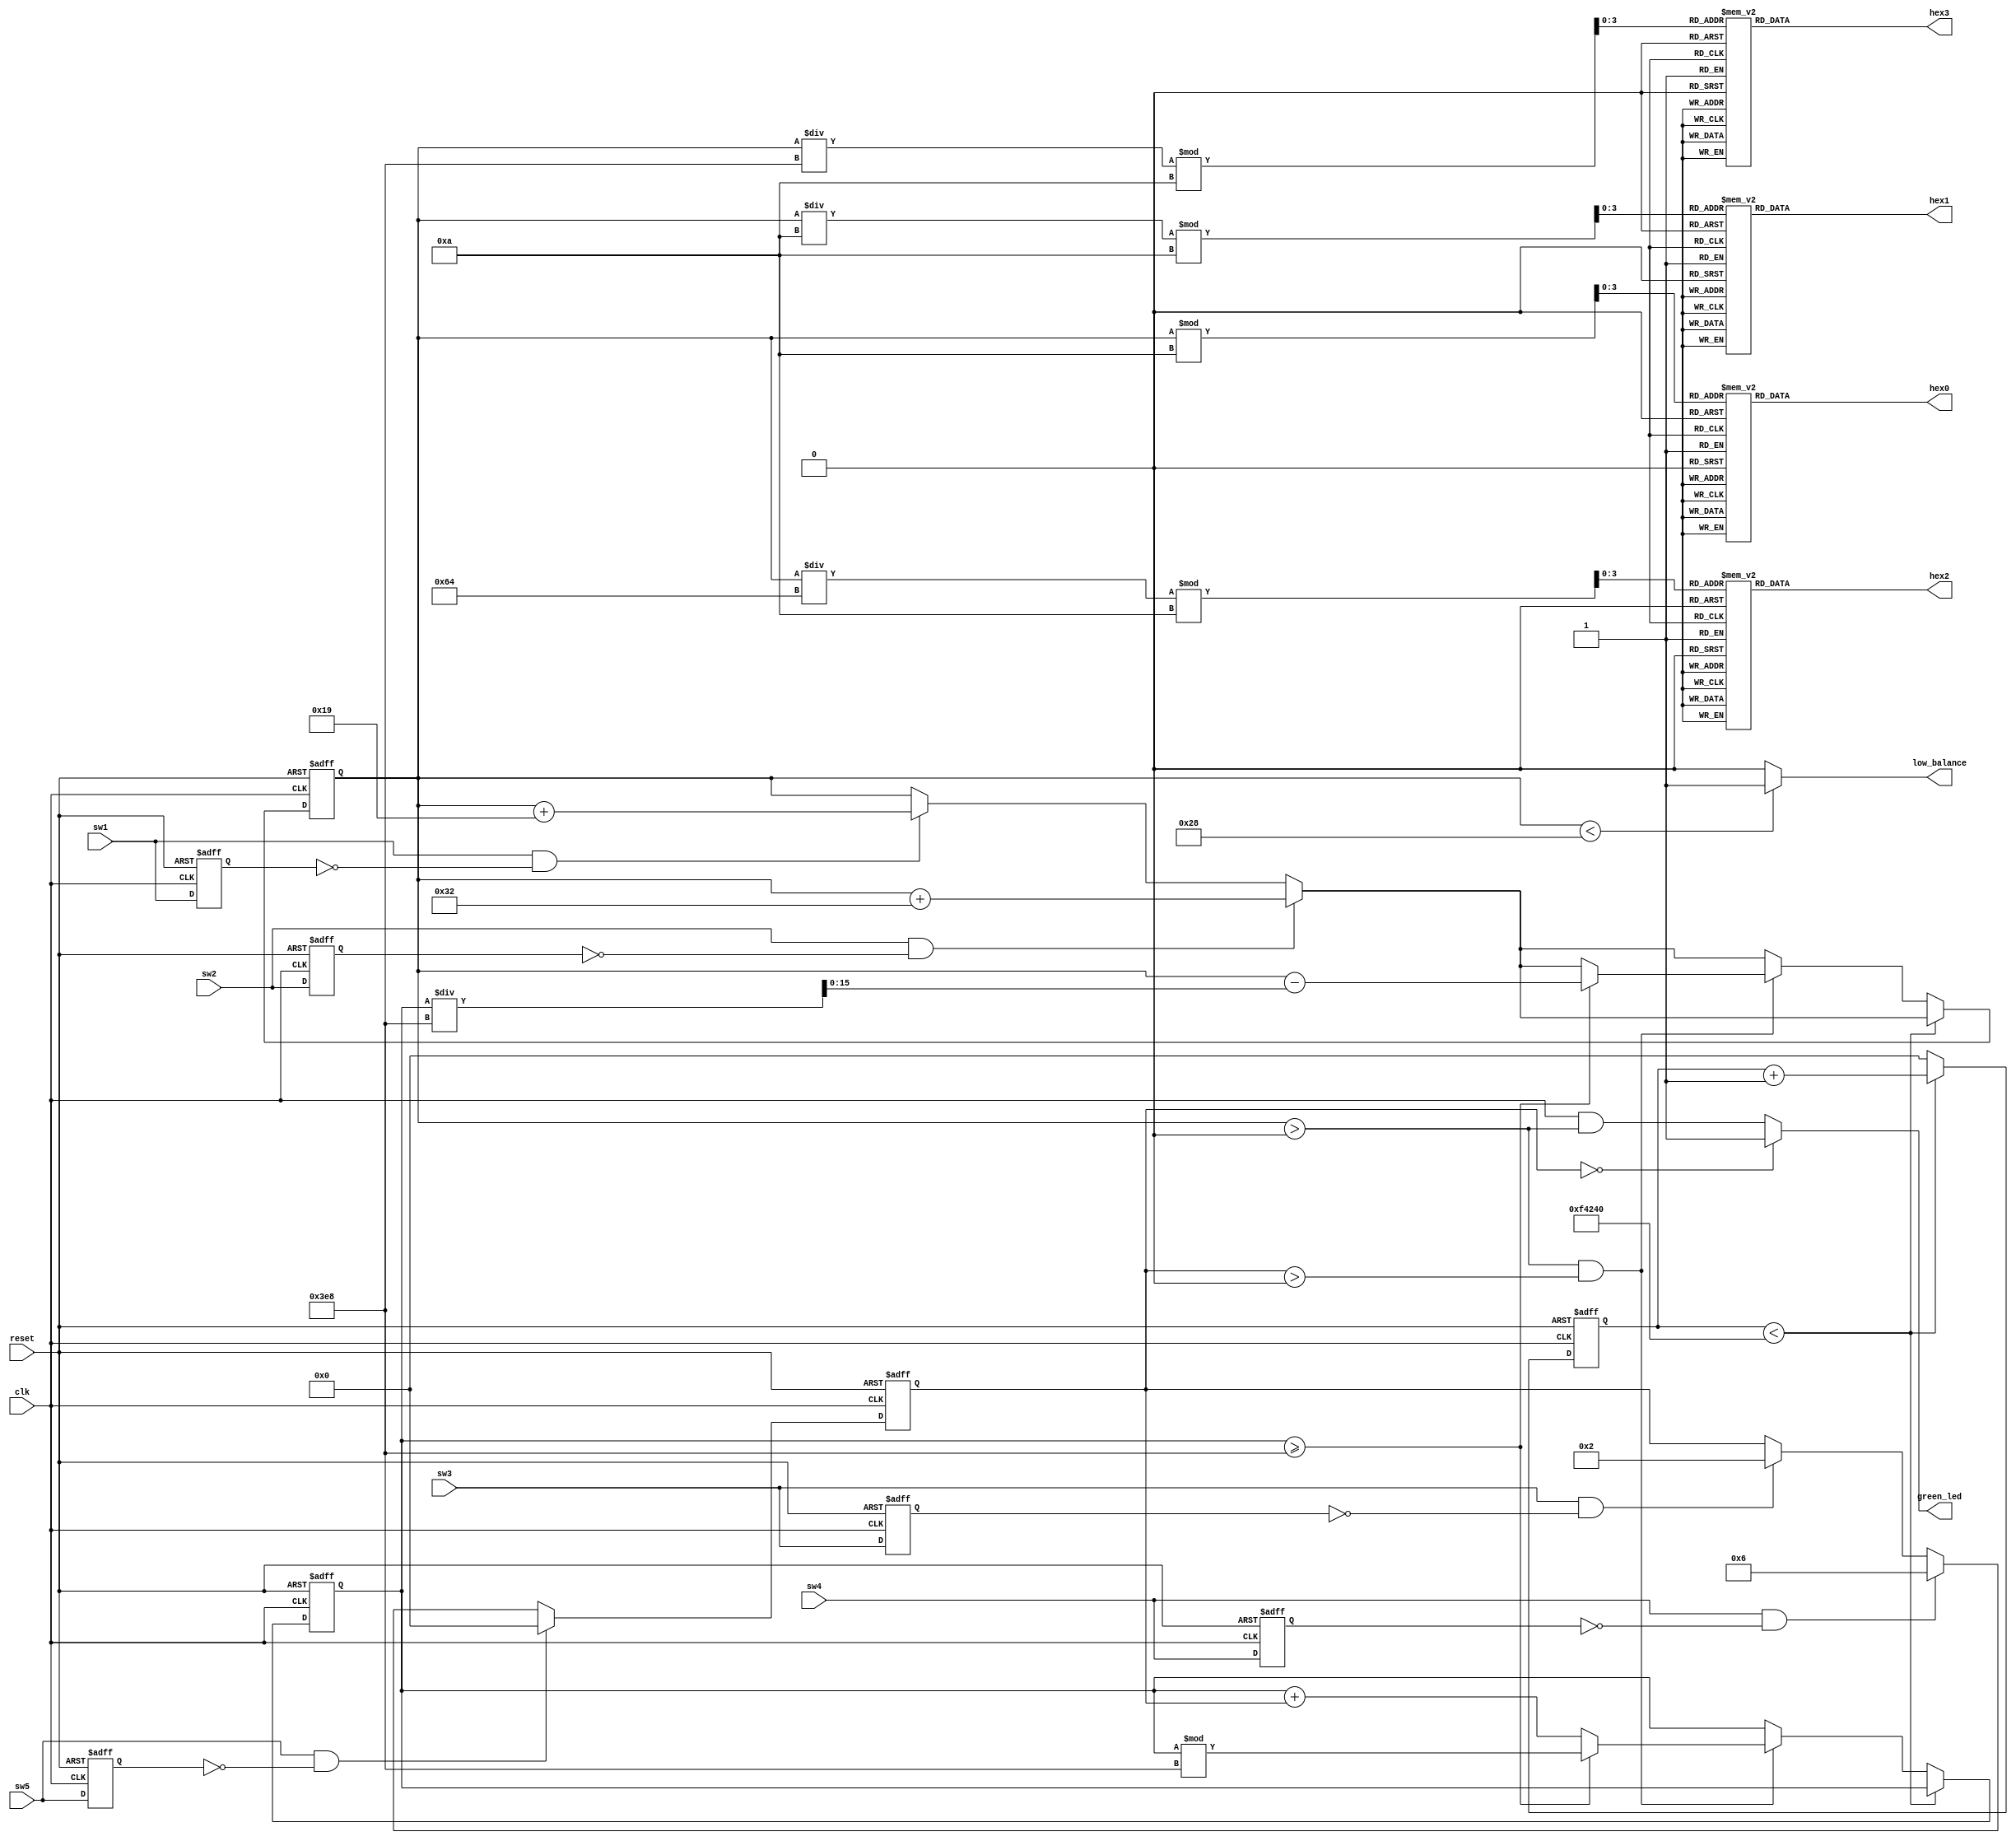
module prepaid_meter (
    input wire clk,                // Clock input
    input wire reset,              // Reset input (SW0)
    input wire sw1,                // Set 25 (SW1)
    input wire sw2,                // Set 50 (SW2)
    input wire sw3,                // Set usage to 100W (SW3)
    input wire sw4,                // Set usage to 1900W (SW4)
    input wire sw5,                // Pause usage (SW5)
    output wire [6:0] hex0,        // 7-segment display segments for digit 0
    output wire [6:0] hex1,        // 7-segment display segments for digit 1
    output wire [6:0] hex2,        // 7-segment display segments for digit 2
    output wire [6:0] hex3,        // 7-segment display segments for digit 3
    output wire low_balance,       // Low balance warning
    output wire green_led          // Green LED control
);

    // Define the constants
    parameter load_unit_25 = 25;
    parameter load_unit_50 = 50;
    parameter consumption_rate_light_bulb = (100 * 0.003 * 5); // 100W * 0.003 units/sec in milliwatts for 5 bulbs
    parameter consumption_rate_ac_unit = (1900 * 0.003);  // 1900W * 0.003 units/sec in milliwatts
    parameter low_balance_threshold = 40;

    // Define the balance register
    reg [15:0] balance = 0;

    // Define consumption counters and rates
    reg [31:0] consumption_counter = 0;
    reg [31:0] accumulated_reduction = 0;
    reg [31:0] consumption_rate = 0;
    parameter consumption_interval = 1000000; // Adjust based on clock frequency

    // Debounce the switches
    reg sw1_prev = 0;
    reg sw2_prev = 0;
    reg sw3_prev = 0;
    reg sw4_prev = 0;
    reg sw5_prev = 0;

    wire sw1_debounced;
    wire sw2_debounced;
    wire sw3_debounced;
    wire sw4_debounced;
    wire sw5_debounced;

    always @(posedge clk or posedge reset) begin
        if (reset) begin
            sw1_prev <= 0;
            sw2_prev <= 0;
            sw3_prev <= 0;
            sw4_prev <= 0;
            sw5_prev <= 0;
        end else begin
            sw1_prev <= sw1;
            sw2_prev <= sw2;
            sw3_prev <= sw3;
            sw4_prev <= sw4;
            sw5_prev <= sw5;
        end
    end

    assign sw1_debounced = sw1 & ~sw1_prev;
    assign sw2_debounced = sw2 & ~sw2_prev;
    assign sw3_debounced = sw3 & ~sw3_prev;
    assign sw4_debounced = sw4 & ~sw4_prev;
    assign sw5_debounced = sw5 & ~sw5_prev;

    // Update balance on switch press and consumption
    always @(posedge clk or posedge reset) begin
        if (reset) begin
            balance <= 0;
            consumption_counter <= 0;
            accumulated_reduction <= 0;
            consumption_rate <= 0;
        end else begin
            if (sw1_debounced) balance <= balance + load_unit_25;
            if (sw2_debounced) balance <= balance + load_unit_50;
            if (sw3_debounced) consumption_rate <= consumption_rate_light_bulb;
            if (sw4_debounced) consumption_rate <= consumption_rate_ac_unit;
            if (sw5_debounced) consumption_rate <= 0; // Pause usage

            // Simulate consumption
            if (consumption_counter < consumption_interval) begin
                consumption_counter <= consumption_counter + 1;
            end else begin
                consumption_counter <= 0;
                if (balance > 0 && consumption_rate > 0) begin
                    accumulated_reduction <= accumulated_reduction + consumption_rate;
                    if (accumulated_reduction >= 1000) begin
                        balance <= balance - (accumulated_reduction / 1000);
                        accumulated_reduction <= accumulated_reduction % 1000;
                    end
                end
            end
        end
    end

    // Low balance warning
    assign low_balance = (balance < low_balance_threshold) ? 1 : 0;

    // Green LED control
    assign green_led = (consumption_rate == 0) ? 1 : (clk & balance > 0);

    // 7-segment display driver
    function [6:0] seg_decoder;
        input [3:0] digit;
        case (digit)
            4'd0: seg_decoder = 7'b1000000;
            4'd1: seg_decoder = 7'b1111001;
            4'd2: seg_decoder = 7'b0100100;
            4'd3: seg_decoder = 7'b0110000;
            4'd4: seg_decoder = 7'b0011001;
            4'd5: seg_decoder = 7'b0010010;
            4'd6: seg_decoder = 7'b0000010;
            4'd7: seg_decoder = 7'b1111000;
            4'd8: seg_decoder = 7'b0000000;
            4'd9: seg_decoder = 7'b0010000;
            default: seg_decoder = 7'b1111111; // Display off
        endcase
    endfunction

    assign hex0 = seg_decoder(balance % 10);               // Units place
    assign hex1 = seg_decoder((balance / 10) % 10);        // Tens place
    assign hex2 = seg_decoder((balance / 100) % 10);       // Hundreds place
    assign hex3 = seg_decoder((balance / 1000) % 10);      // Thousands place

endmodule